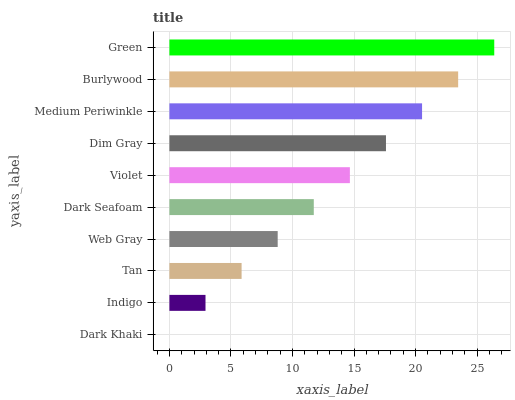
| yaxis_label | bars |
 | --- | --- |
 | Dark Khaki | 0 |
 | Indigo | 2.93 |
 | Tan | 5.86 |
 | Web Gray | 8.8 |
 | Dark Seafoam | 11.7 |
 | Violet | 14.7 |
 | Dim Gray | 17.6 |
 | Medium Periwinkle | 20.5 |
 | Burlywood | 23.5 |
 | Green | 26.4 |